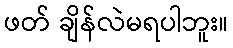
ဖတ် ချိန်လဲမရပါဘူး။